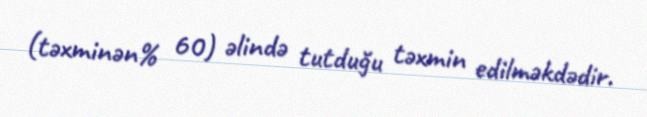
(təxminən% 60) əlində tutduğu təxmin edilməkdədir.